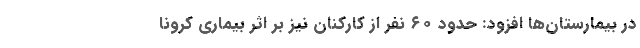
در بیمارستان‌ها افزود: حدود ۶۰ نفر از کارکنان نیز بر اثر بیماری کرونا